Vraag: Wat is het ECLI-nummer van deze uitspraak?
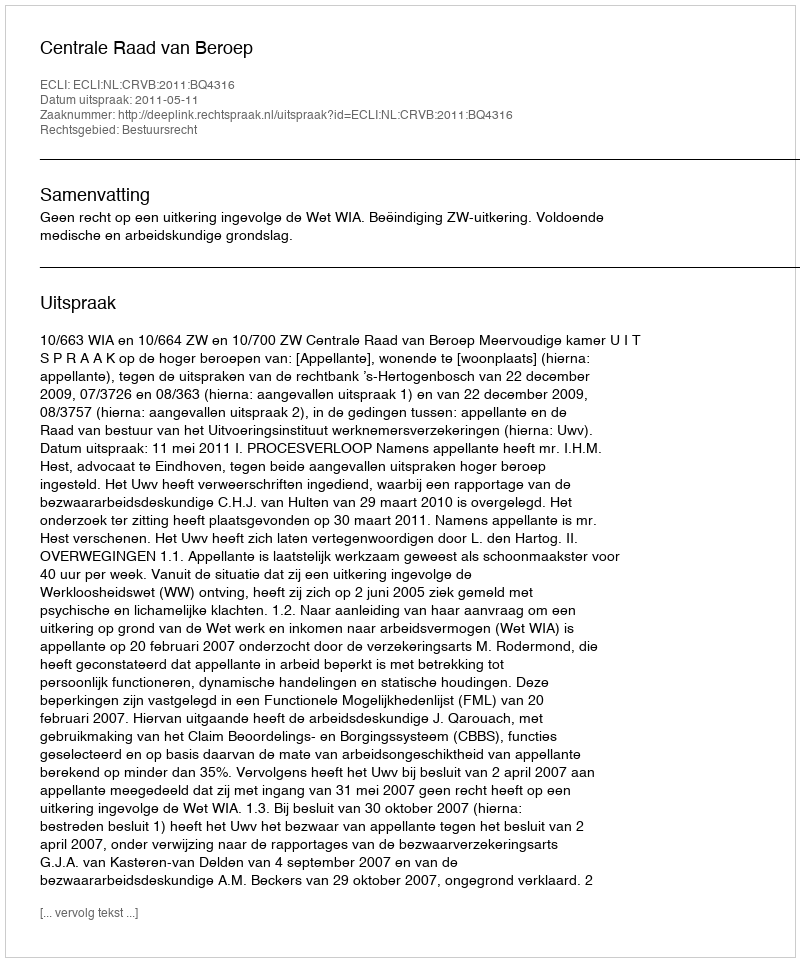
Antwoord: ECLI:NL:CRVB:2011:BQ4316